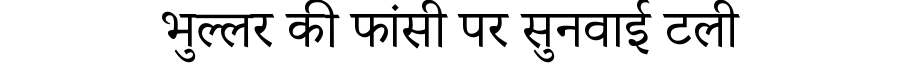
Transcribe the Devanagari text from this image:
भुल्लर की फांसी पर सुनवाई टली